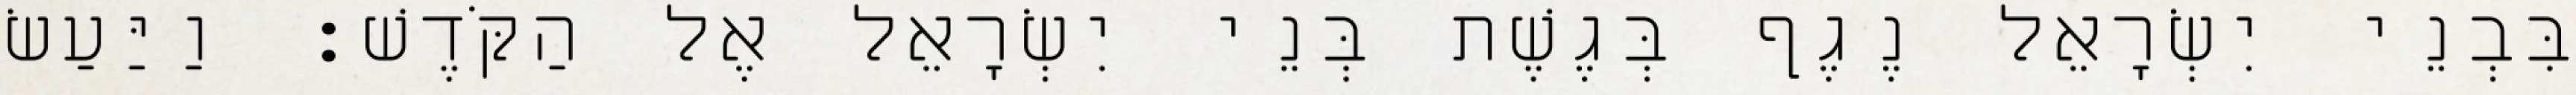
בִּבְנֵי יִשְׂרָאֵל נֶגֶף בְּגֶשֶׁת בְּנֵי יִשְׂרָאֵל אֶל הַקֹּדֶשׁ׃ וַיַּעַשׂ